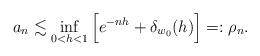
LaTeX: \begin{align*}a_{n}\lesssim \inf_{0<h<1}\Big[e^{-nh}+\delta_{w_0}(h)\Big]=:\rho_n.\end{align*}